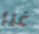
غير